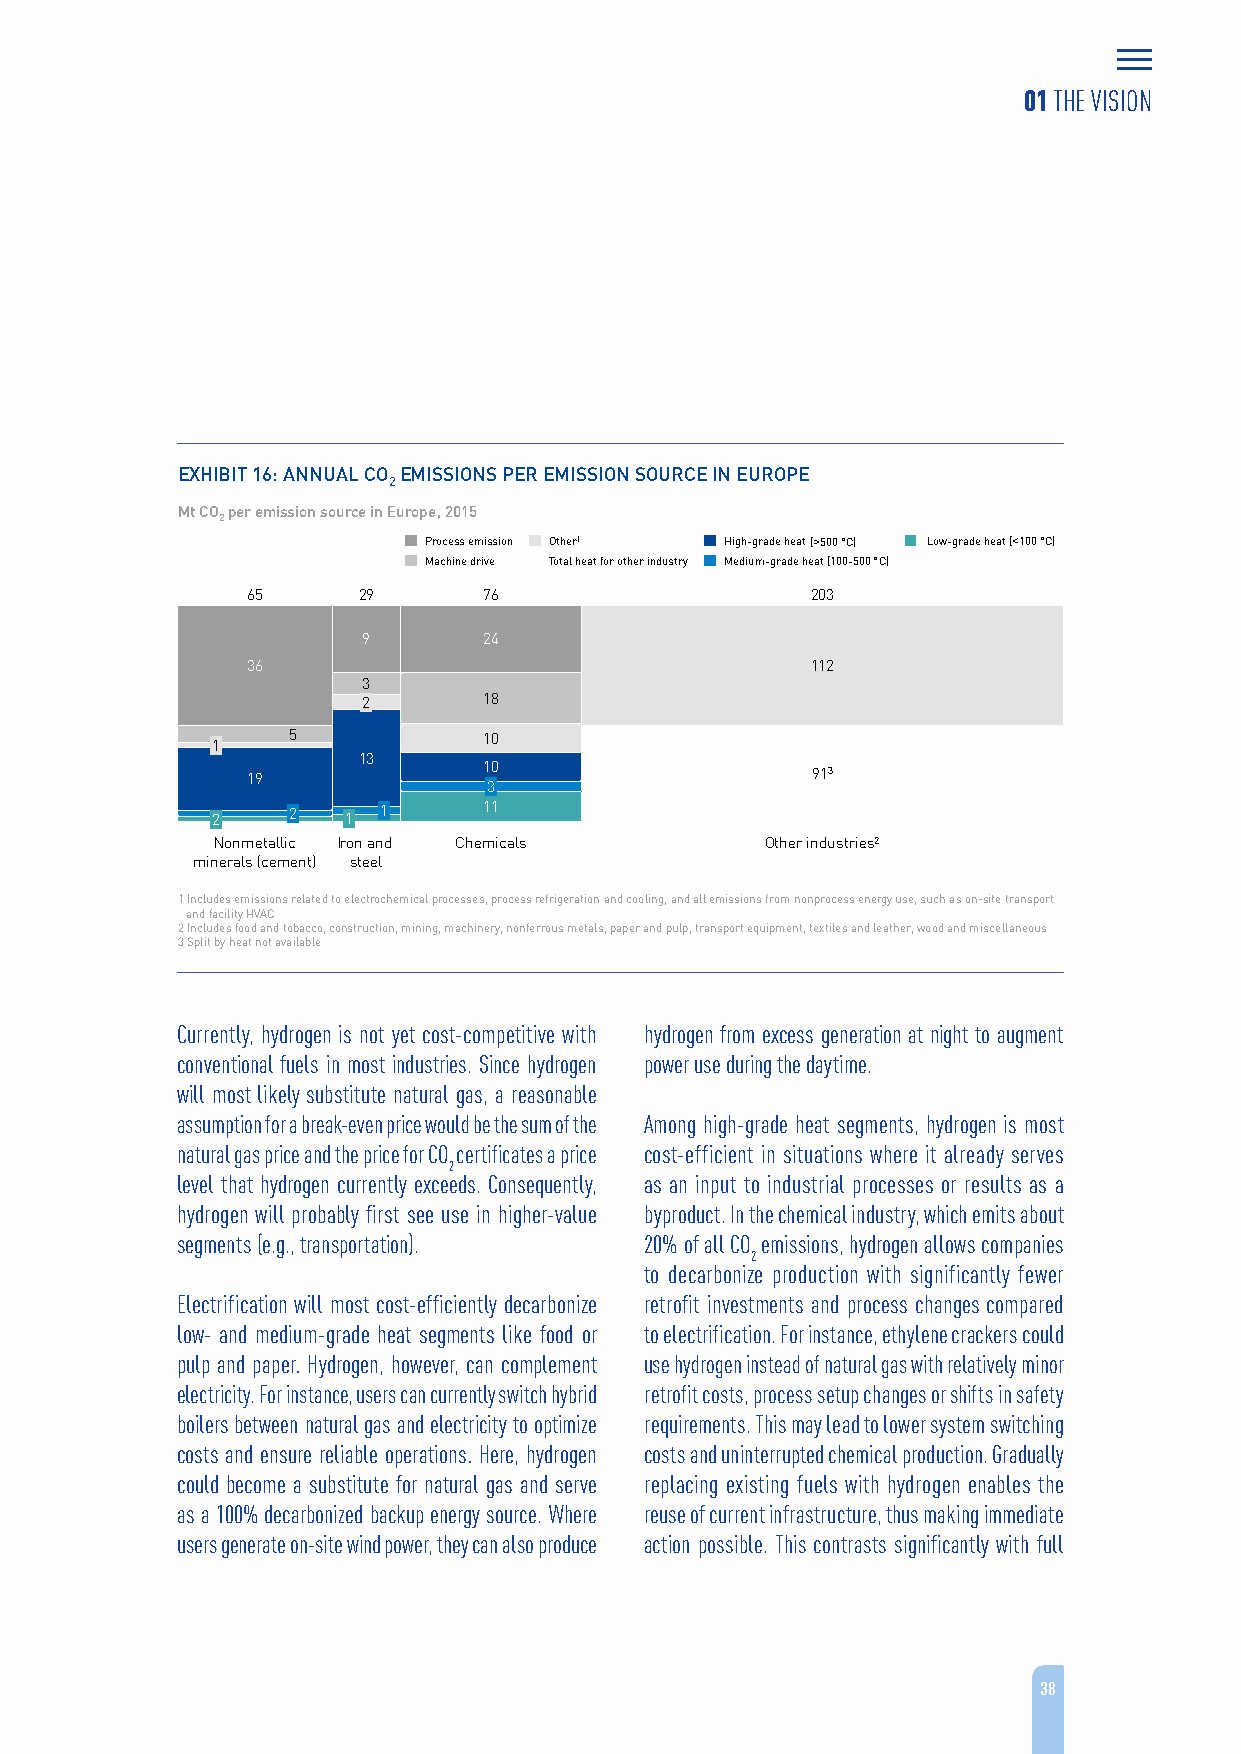
01 THE VISION
 EXHIBIT 16: ANNUAL CO EMISSIONS PER EMISSION SOURCE IN EUROPE
 2
 Mt CO per emission source in Europe, 2015
 2
 Process emission Other1 High-grade heat ((>>550000 ° °CC)) LLooww--ggrraaddee hheeaatt ((<<110000 ° °CC))
 Machine drive Total heat for other industry Medium-grade heat (100-500 °C)
 65      29      76                    203
 9       24
 36                                    112
 3
 2       18
 5            10
 1
 13
 19              10                    913
 3
 2    2   1 1      11
 Nonmetallic Iron and Chemicals       Other industries2
 minerals (cement) steel
 1 Includes emissions related to electrochemical processes, process refrigeration and cooling, and all emissions from nonprocessenergy use, such as on-site transport
 and facility HVAC
 2 Includes food and tobacco, construction, mining, machinery, nonferrous metals, paper and pulp, transport equipment, textiles and leather, wood and miscellaneous
 3 Split by heat not available
 Currently, hydrogen is not yet cost-competitive with hydrogen from excess generation at night to augment
 conventional fuels in most industries. Since hydrogen power use during the daytime.
 will most likely substitute natural gas, a reasonable
 assumption for a break-even price would be the sum of the Among high-grade heat segments, hydrogen is most
 natural gas price and the price for CO certificates a price cost-efficient in situations where it already serves
 2
 level that hydrogen currently exceeds. Consequently, as an input to industrial processes or results as a
 hydrogen will probably first see use in higher-value byproduct. In the chemical industry, which emits about
 segments (e.g., transportation). 20% of all CO emissions, hydrogen allows companies
 2
 to decarbonize production with significantly fewer
 Electrification will most cost-efficiently decarbonize retrofit investments and process changes compared
 low- and medium-grade heat segments like food or to electrification. For instance, ethylene crackers could
 pulp and paper. Hydrogen, however, can complement use hydrogen instead of natural gas with relatively minor
 electricity. For instance, users can currently switch hybrid retrofit costs, process setup changes or shifts in safety
 boilers between natural gas and electricity to optimize requirements. This may lead to lower system switching
 costs and ensure reliable operations. Here, hydrogen costs and uninterrupted chemical production. Gradually
 could become a substitute for natural gas and serve replacing existing fuels with hydrogen enables the
 as a 100% decarbonized backup energy source. Where reuse of current infrastructure, thus making immediate
 users generate on-site wind power, they can also produce action possible. This contrasts significantly with full
 38